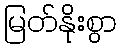
မြတ်နိုးစွာ